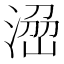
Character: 𱧬